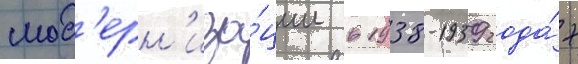
мод'ерн'иза́ции в 1938-1939 года́х